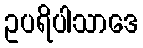
ဥပရိပါသာဒေ